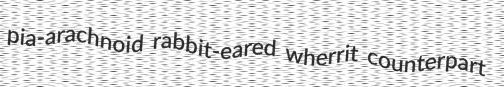
pia-arachnoid rabbit-eared wherrit counterpart